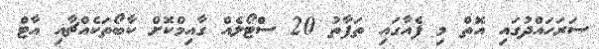
ސަރަހައްދުގައި އޮތް މި ފެއާގައި ތަފާތު 20 ސްޓޯލެއް ގާއިމްކޮށް ކާބޯތަކެއްޗާއި އާޓް